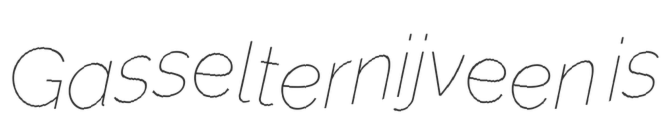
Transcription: Gasselternijveen is